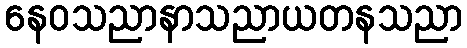
နေဝသညာနာသညာယတနသညာ